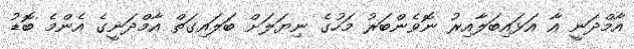
އާމްދަނީ އާ އަޅައިބަލާއިރު ނޮވެންބަރު މަހުގެ ނިޔަލަށް ބަލައިގަތް އާމްދަނީގެ އެންމެ ބޮޑު